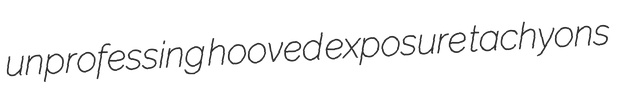
unprofessing hooved exposure tachyons